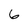
Character: 6